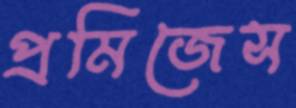
প্রমিজেস